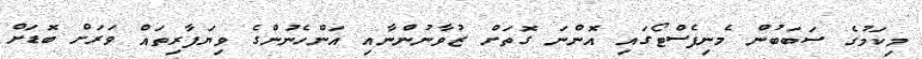
މިކަމުގެ ސަބަބުން މެނިފެސްޓޯގައި އޮންނަ ގޮތަށް ޒުވާނުންނާއި އަންހެނުންގެ ވިޔަފާރިތައް ވަރަށް ބޮޑަށް